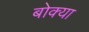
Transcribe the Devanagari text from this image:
बोक्या